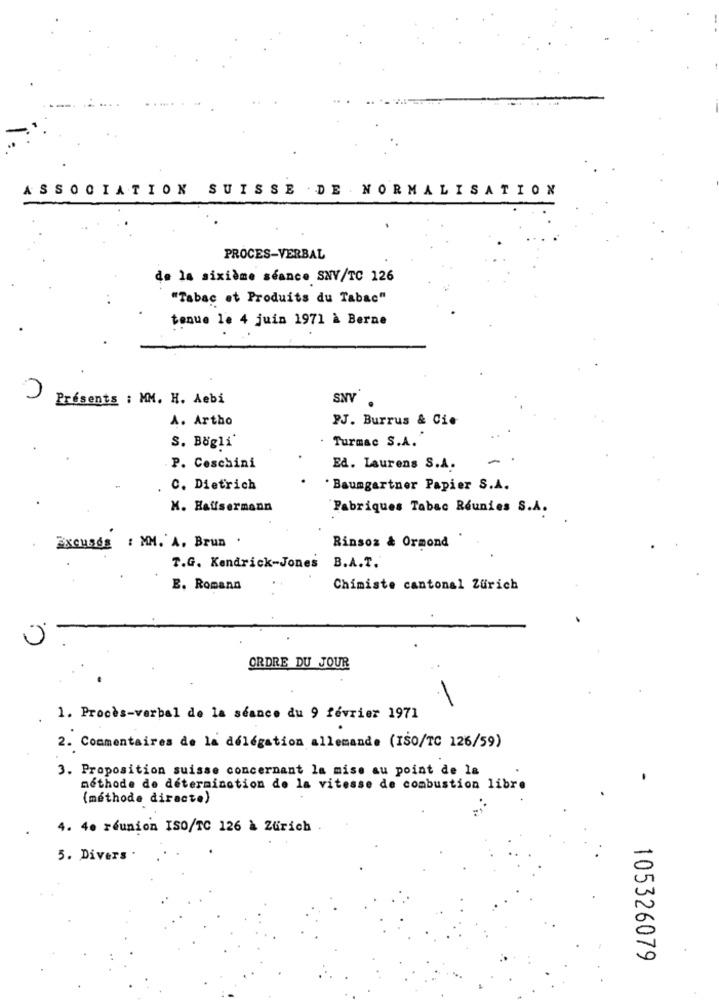
ASSOCIATION SUISSE . DE NORMALISATION
PROCES-VERBAL
de la sixième séance SNY/TC 126
"Tabac et Produits du Tabac"
tenue le 4 juin 1971 à Berne
Présents : MM. H. Aebi
SNY
A. Artho
PJ. Burrus & Cie
Turmac S.A.
S. Bögli'
P. Ceschini
Ed. Laurens S.A.
C. Dietrich
Baumgartner Papier S.A.
K. Halfsermann
Fabriques Tabac Reunies S.A.
Excuses : MM. A. Brun .
Rinsoz & Ormond
T.G. Kendrick-Jones
B.A.T.
E. Romano
Chimiste cantonal Zurich
ORDRE DU JOUR
1. Procès-verbal de la séance du 9 février 1971
2. Commentaires de la délégation allemande (ISO/TC 126/59)
3. Proposition suisse concernant la mise au point de la
méthode de détermination de la vitesse de combustion libre
(méthode directo)
4. 4. réunion ISO/TC 126 à Zurich
5. Divers
105326079